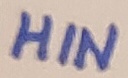
Text: HIN